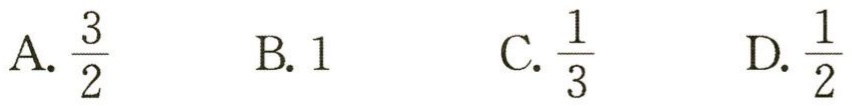
A. $\frac{3}{2}$  B. 1  C. $\frac{1}{3}$  D. $\frac{1}{2}$